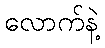
လောက်နဲ့